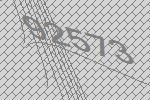
92573